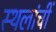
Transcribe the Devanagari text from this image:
स्थलांचीं